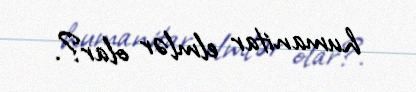
humanitar elmlər olar?.